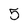
Character: 5